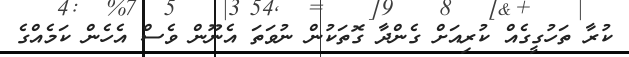
ކުރާ ތަހުގީގެއް ކުރިއަށް ގެންދާ ގޮތަކުން ނުވަތަ އެނޫން ވެސް އެހެން ކަމެއްގެ